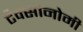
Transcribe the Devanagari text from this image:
टैक्सोनोमी